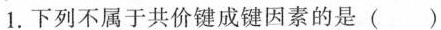
1.下列不属于共价键成键因素的是()